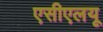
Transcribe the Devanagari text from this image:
एसीएलयू